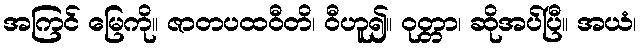
အကြင် မြေကို။ ဇာတပထဝီတိ၊ ဝီဟူ၍။ ဝုတ္တာ၊ ဆိုအပ်ပြီ။ အယံ၊